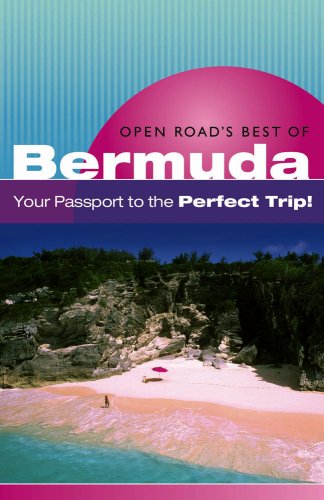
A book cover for Open Road's Best Of Bermuda (Open Road's Best of Bernuda); Ron Charles; Travel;